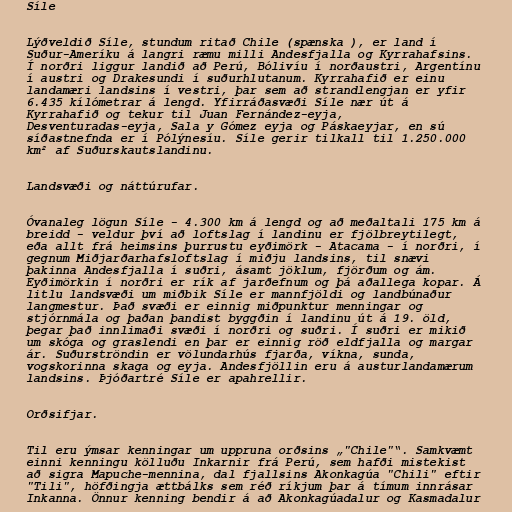
Síle

Lýðveldið Síle, stundum ritað Chile (spænska ), er land í
Suður-Ameríku á langri ræmu milli Andesfjalla og Kyrrahafsins.
Í norðri liggur landið að Perú, Bólivíu í norðaustri, Argentínu
í austri og Drakesundi í suðurhlutanum. Kyrrahafið er einu
landamæri landsins í vestri, þar sem að strandlengjan er yfir
6.435 kílómetrar á lengd. Yfirráðasvæði Síle nær út á
Kyrrahafið og tekur til Juan Fernández-eyja,
Desventuradas-eyja, Sala y Gómez eyja og Páskaeyjar, en sú
síðastnefnda er í Pólýnesíu. Síle gerir tilkall til 1.250.000
km² af Suðurskautslandinu.

Landsvæði og náttúrufar.

Óvanaleg lögun Síle - 4.300 km á lengd og að meðaltali 175 km á
breidd - veldur því að loftslag í landinu er fjölbreytilegt,
eða allt frá heimsins þurrustu eyðimörk - Atacama - í norðri, í
gegnum Miðjarðarhafsloftslag í miðju landsins, til snævi
þakinna Andesfjalla í suðri, ásamt jöklum, fjörðum og ám.
Eyðimörkin í norðri er rík af jarðefnum og þá aðallega kopar. Á
litlu landsvæði um miðbik Síle er mannfjöldi og landbúnaður
langmestur. Það svæði er einnig miðpunktur menningar og
stjórnmála og þaðan þandist byggðin í landinu út á 19. öld,
þegar það innlimaði svæði í norðri og suðri. Í suðri er mikið
um skóga og graslendi en þar er einnig röð eldfjalla og margar
ár. Suðurströndin er völundarhús fjarða, víkna, sunda,
vogskorinna skaga og eyja. Andesfjöllin eru á austurlandamærum
landsins. Þjóðartré Síle er apahrellir.

Orðsifjar.

Til eru ýmsar kenningar um uppruna orðsins „"Chile"“. Samkvæmt
einni kenningu kölluðu Inkarnir frá Perú, sem hafði mistekist
að sigra Mapuche-mennina, dal fjallsins Akonkagúa "Chili" eftir
"Tili", höfðingja ættbálks sem réð ríkjum þar á tímum innrásar
Inkanna. Önnur kenning bendir á að Akonkagúadalur og Kasmadalur